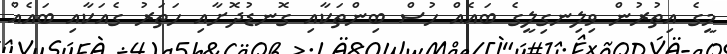
މީގެ އިތުރުން ވިލިނގިލީގެ ބައެއް ހުސް ބިންތަކާއި ގޮނޑުދޮށާއި ހަތަރު ގެއަކާއި ބައެއް